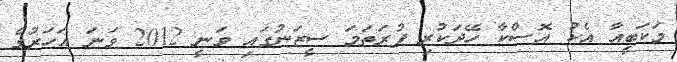
މަކަބީއާ އެކު އޮސްކާ ހޭދަކުރި ފުރަތަމަ ސީޒަނުގައި ވަނީ 2012 ވަނަ އަހަރުގެ